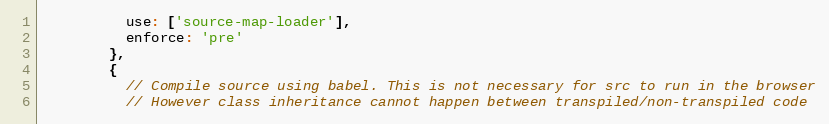
Language: JavaScript
          use: ['source-map-loader'],
          enforce: 'pre'
        },
        {
          // Compile source using babel. This is not necessary for src to run in the browser
          // However class inheritance cannot happen between transpiled/non-transpiled code